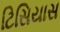
ટિસિયાસ